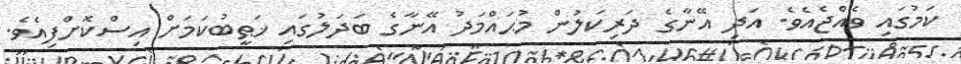
ކަމުގައި ވެއްޖެއެވެ. އަދި އޭނާގެ ދަރިކަލުން މުޙައްމަދު އޭނާގެ ބަދަލުގައި ޚަޠީބުކަމަށް އިސްކޮށްފިއެވެ.